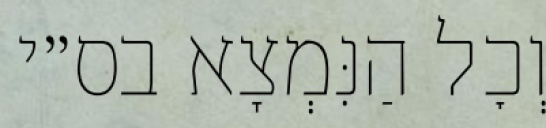
וְכׇל הַנִּמְצָא בס״י